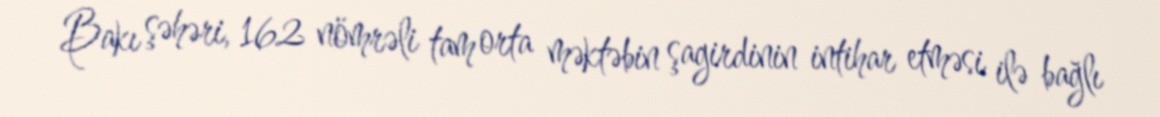
Bakı şəhəri, 162 nömrəli tam orta məktəbin şagirdinin intihar etməsi ilə bağlı